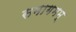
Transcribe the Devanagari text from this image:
समागमम्